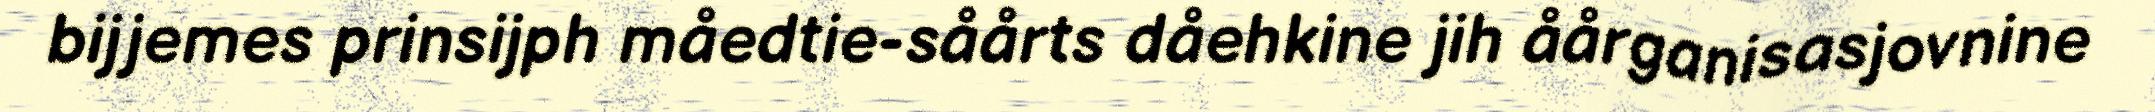
bijjemes prinsijph måedtie-såårts dåehkine jih åårganisasjovnine